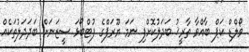
ވޯލްޑް ކަޕް ބާއްވާ ތާރީޚު ބަދަލުކޮށްފި ނަމަ ޔޫރަޕްގެ ފުޓްބޯޅަ ސީޒަނަށް ބަދަދަލުތަކެއް